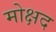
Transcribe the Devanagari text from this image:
मोक्षद